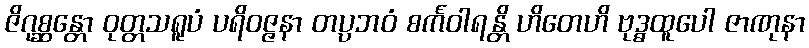
ဇိဂုစ္ဆန္တော ဝုတ္တသရူပံ ပရိဝဇ္ဇနာ တပ္ပဘဝံ စင်္ကဝါရန္တိ ဟိတေဟိ ဗုဒ္ဓထူပေါ ဇာဏုနာ